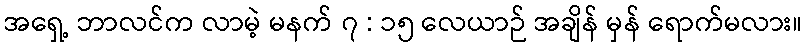
အရှေ့ ဘာလင်က လာမဲ့ မနက် ၇ : ၁၅ လေယာဉ် အချိန် မှန် ရောက်မလား။